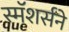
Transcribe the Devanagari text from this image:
स्मॅशर्सने